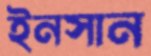
ইনসান